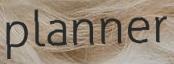
planner